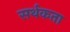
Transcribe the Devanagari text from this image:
सर्थकता